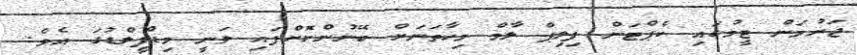
ޖަރުމަން ޓީމުގައި ކެޕްޓަން ފިލިޕް ލާމް މިހާތަނަށް ބޭނުންކޮށްފައި ވަނީ މިޑްފީލްޑުގަ އެވެ.